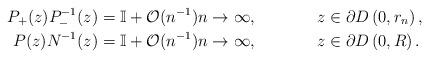
LaTeX: \begin{align*} P_+(z)P_-^{-1}(z) &= \mathbb{I}+\mathcal{O}(n^{-1}) n\to\infty, && z\in \partial D\left(0,r_n\right), \\P(z)N^{-1}(z) &= \mathbb{I}+\mathcal{O}(n^{-1}) n\to\infty, && z\in \partial D\left(0,R\right). \end{align*}